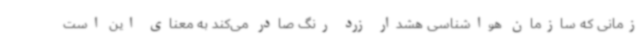
زمانی که سازمان هواشناسی هشدار زرد رنگ صادر می‌کند به معنای این است